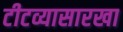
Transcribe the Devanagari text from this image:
टीटव्यासारखा